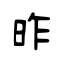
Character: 昨